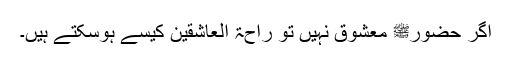
اگر حضورﷺ معشوق نہیں تو راحۃ العاشقین کیسے ہوسکتے ہیں۔